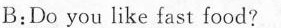
B:Do you like fast food?